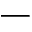
-